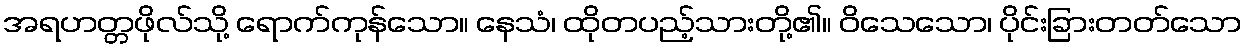
အရဟတ္တဖိုလ်သို့ ရောက်ကုန်သော။ နေသံ၊ ထိုတပည့်သားတို့၏။ ဝိသေသော၊ ပိုင်းခြားတတ်သော